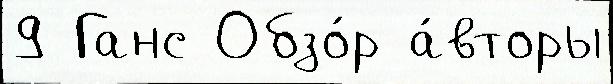
9 Ганс Обзо́р а́вторы